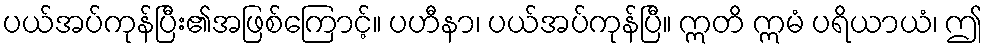
ပယ်အပ်ကုန်ပြီး၏အဖြစ်ကြောင့်။ ပဟီနာ၊ ပယ်အပ်ကုန်ပြီ။ ဣတိ ဣမံ ပရိယာယံ၊ ဤ